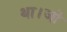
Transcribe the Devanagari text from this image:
था।जो